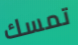
تمسك